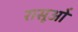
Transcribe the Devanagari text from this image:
रासूओं